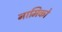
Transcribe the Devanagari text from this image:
नामिको